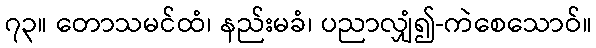
၇၃။ တောသမင်ထံ၊ နည်းမခံ၊ ပညာလျှံ၍-ကဲစေသောဝ်။